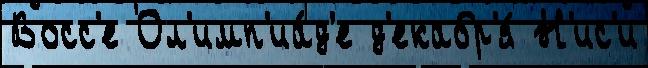
Восс'е Ол'имп'иа́д'е д'екабр'я́ Н'ис'и